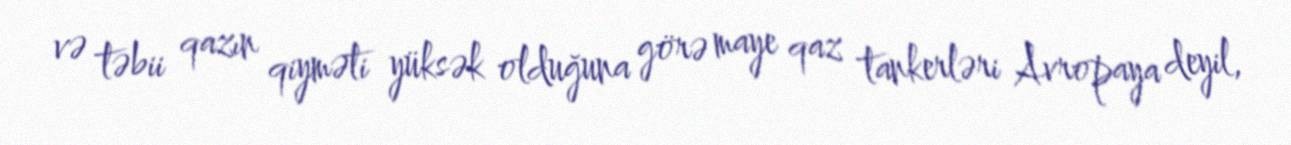
və təbii qazın qiyməti yüksək olduğuna görə maye qaz tankerləri Avropaya deyil,